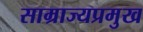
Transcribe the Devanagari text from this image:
साम्राज्यप्रमुख